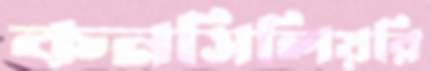
কনসিলিয়রি